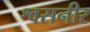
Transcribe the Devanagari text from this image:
श्वसनीर